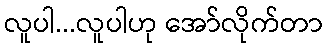
လူပါ...လူပါဟု အော်လိုက်တာ